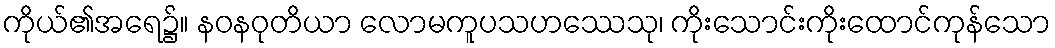
ကိုယ်၏အရေ၌။ နဝနဝုတိယာ လောမကူပသဟဿေသု၊ ကိုးသောင်းကိုးထောင်ကုန်သော